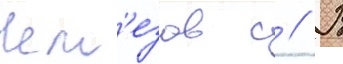
Чем'езов с // В